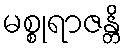
မစ္စုရာဇန္တိ